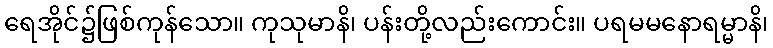
ရေအိုင်၌ဖြစ်ကုန်သော။ ကုသုမာနိ၊ ပန်းတို့လည်းကောင်း။ ပရမမနောရမ္မာနိ၊